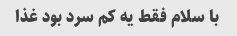
با سلام فقط یه کم سرد بود غذا